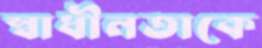
স্বাধীনতাকে